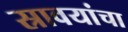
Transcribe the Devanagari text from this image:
स्रावयांचा